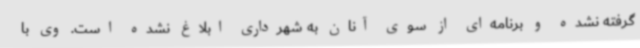
گرفته نشده و برنامه‌ای از سوی آنان به شهرداری ابلاغ نشده است. وی با